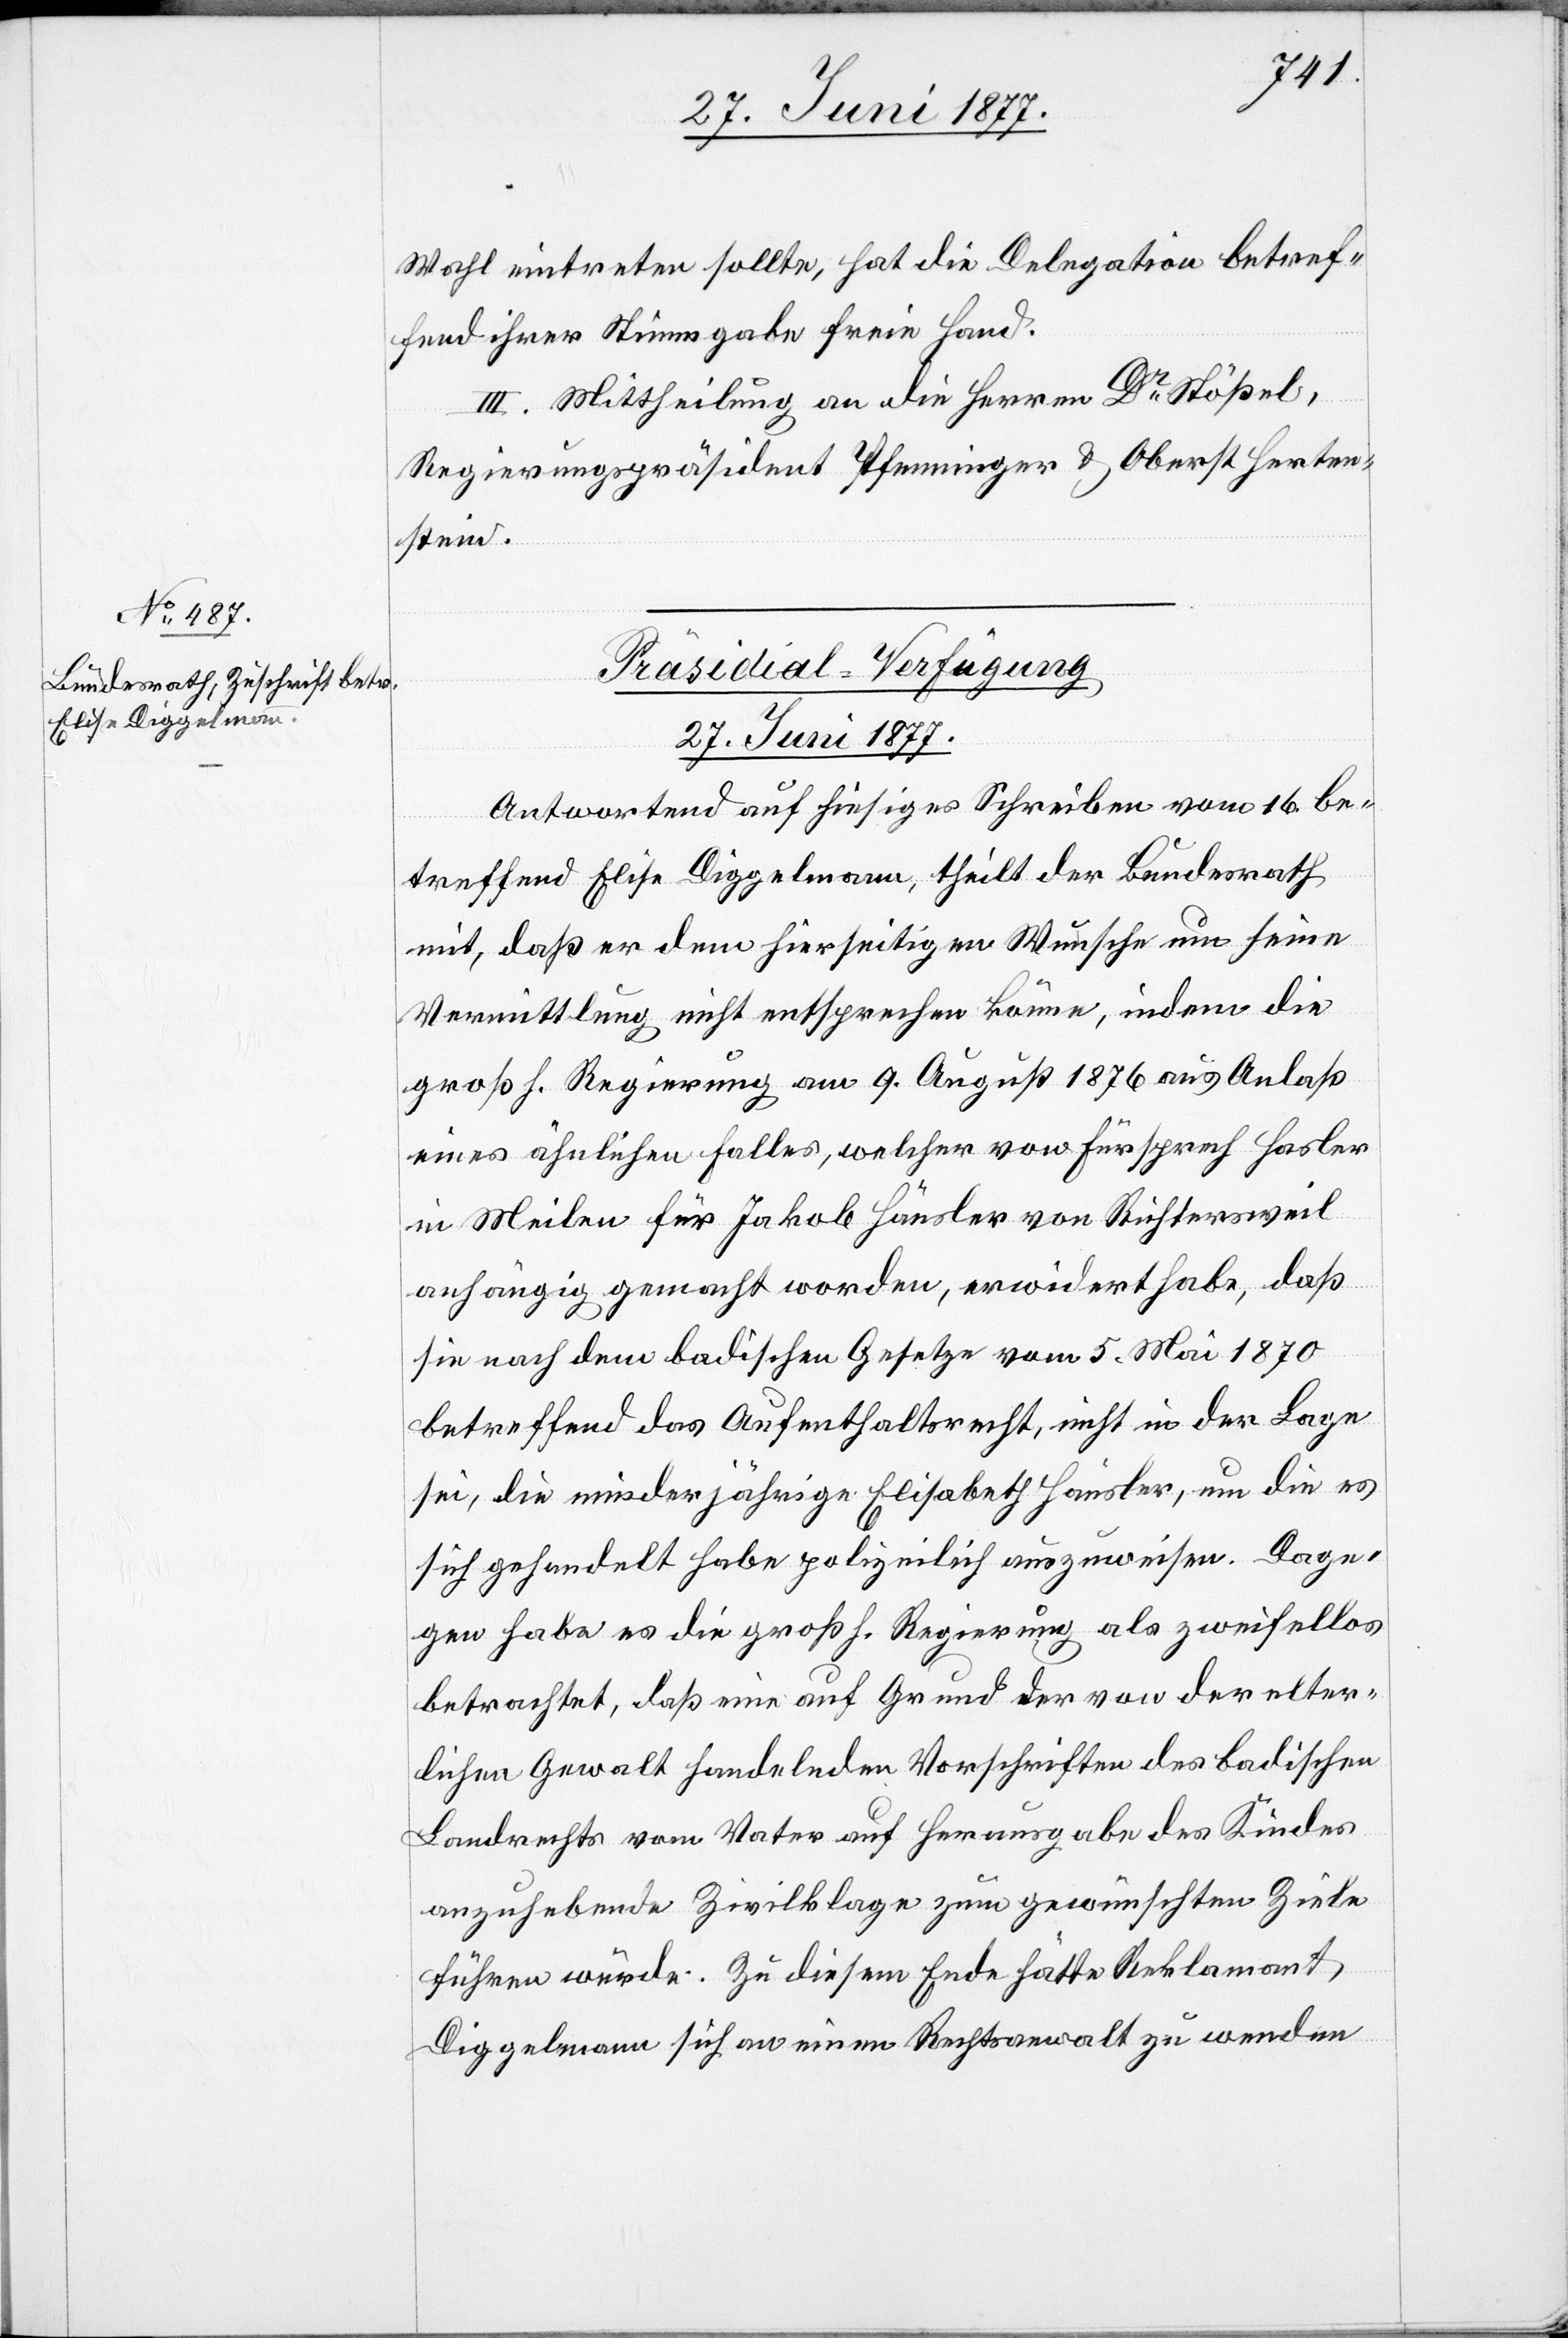
Wahl eintreten sollte, hat die Delegation betref¬
fend ihrer Stimmgabe freie Hand.
III. Mittheilung an die Herren Dr Stößel,
Regierungspräsident Pfenninger & Oberst Herten¬
stein.
Präsidial-Verfügung.
27. Juni 1877.
Antwortend auf hiesiges Schreiben vom 16. be¬
treffend Elise Diggelmann, theilt der Bundesrath
mit, daß er dem hierseitigen Wunsche um seine
Vermittlung nicht entsprechen könne, indem die
großh. Regierung am 9. August 1876 aus Anlaß
eines ähnlichen Falles, welcher von Fürsprech Hasler
in Meilen für Jakob Häusler von Richtersweil
anhängig gemacht worden, erwidert habe, daß
sie nach dem badischen Gesetze vom 5. Mai 1870
betreffend das Aufenthaltsrecht, nicht in der Lage
sei, die minderjährige Elisabeth Häusler, um die es
sich gehandelt habe polizeilich auszuweisen. Dage¬
gen habe es die großh. Regierung als zweifellos
betrachtet, daß eine auf Grund der von der elter¬
lichen Gewalt handelnden Vorschriften des badischen
Landrechts vom Vater auf Herausgabe des Kindes
anzuhebende Zivilklage zum gewünschten Ziele
führen würde. Zu diesem Ende hätte Reklamant
Diggelmann sich an einen Rechtsanwalt zu wenden